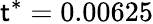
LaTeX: \mathsf{t}^{*}=0.00625